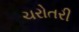
ચરોતરી